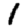
Digit: 1